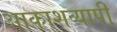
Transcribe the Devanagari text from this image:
आकाशव्यापी